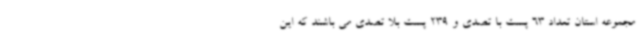
مجموعه استان تعداد 63 پست با تصدی و 239 پست بلا تصدی می باشند که این